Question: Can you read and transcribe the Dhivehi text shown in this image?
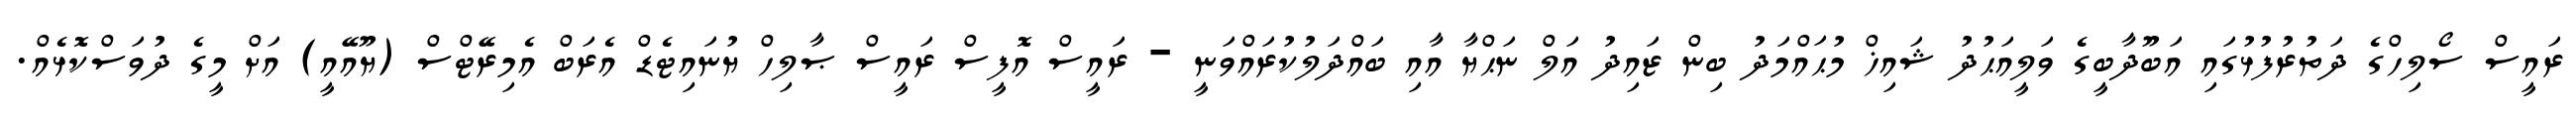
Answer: ރައީސް ސޯލިހްގެ ދަތުރުފުޅުގައި އަބޫދާބީގެ ވަލީއަޙުދު ޝައިޚް މުޙައްމަދު ބިން ޒައިދު އަލް ނަޙްޔާ އާއި ބައްދަލުކުރައްވަނީ - ރައީސް އޮފީސް ރައީސް ޞާލިހް ޔުނައިޓެޑް އެރަބް އެމިރޭޓްސް (ޔޫއޭއީ) އަށް މީގެ ދުވަސްކޮޅެއް.